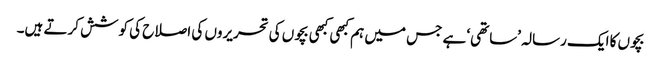
بچوں کا ایک رسالہ ’ساتھی‘ ہے جس میں ہم کبھی کبھی بچوں کی تحریروں کی اصلاح کی کوشش کرتے ہیں۔